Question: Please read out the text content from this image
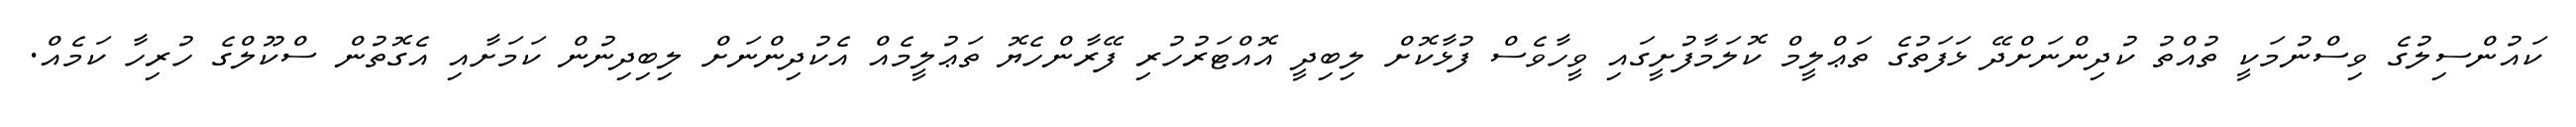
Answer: ކައުންސިލުގެ ވިސްނުމަކީ ތުއްތު ކުދިންނަށްދޭ ޅަފަތުގެ ތަޢްލީމް ކޮލަމާފުށީގައި ވީހާވެސް ފުޅާކޮށް ލިބިދީ އޮއްޓަރުހުރި ފޭރާންހެޔޮ ތަޢުލީމެއް އެކުދިންނަށް ލިބިދިނުން ކަމަށާއި އެގޮތުން ސްކޫލްގެ ހުރިހާ ކަމެއް.